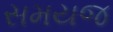
સમયજ